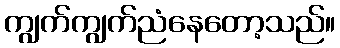
ကျွက်ကျွက်ညံနေတော့သည်။